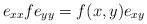
LaTeX: \begin{align*} e_{xx}fe_{yy}=f(x,y)e_{xy}\end{align*}